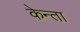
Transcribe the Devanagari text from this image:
केन्ता